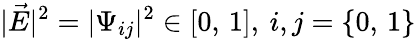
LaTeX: |\vec{E}|^{2}=|\Psi_{ij}|^{2}\in[0,\, 1],\: i,j=\lbrace 0,\, 1\rbrace